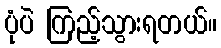
ပုံပဲ ကြည့်သွားရတယ်။